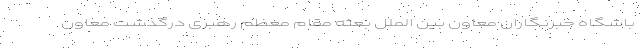
باشگاه خبرنگاران معاون بین الملل بعثه مقام معظم رهبری درگذشت معاون